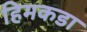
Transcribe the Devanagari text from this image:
हिमकडा